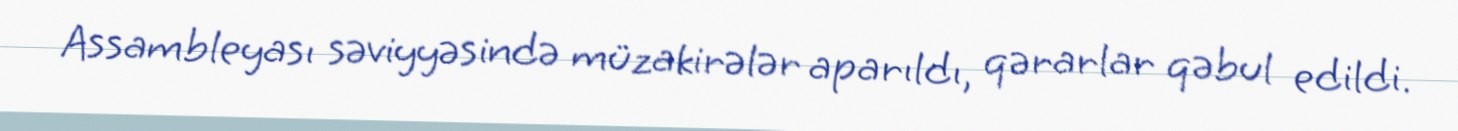
Assambleyası səviyyəsində müzakirələr aparıldı, qərarlar qəbul edildi.